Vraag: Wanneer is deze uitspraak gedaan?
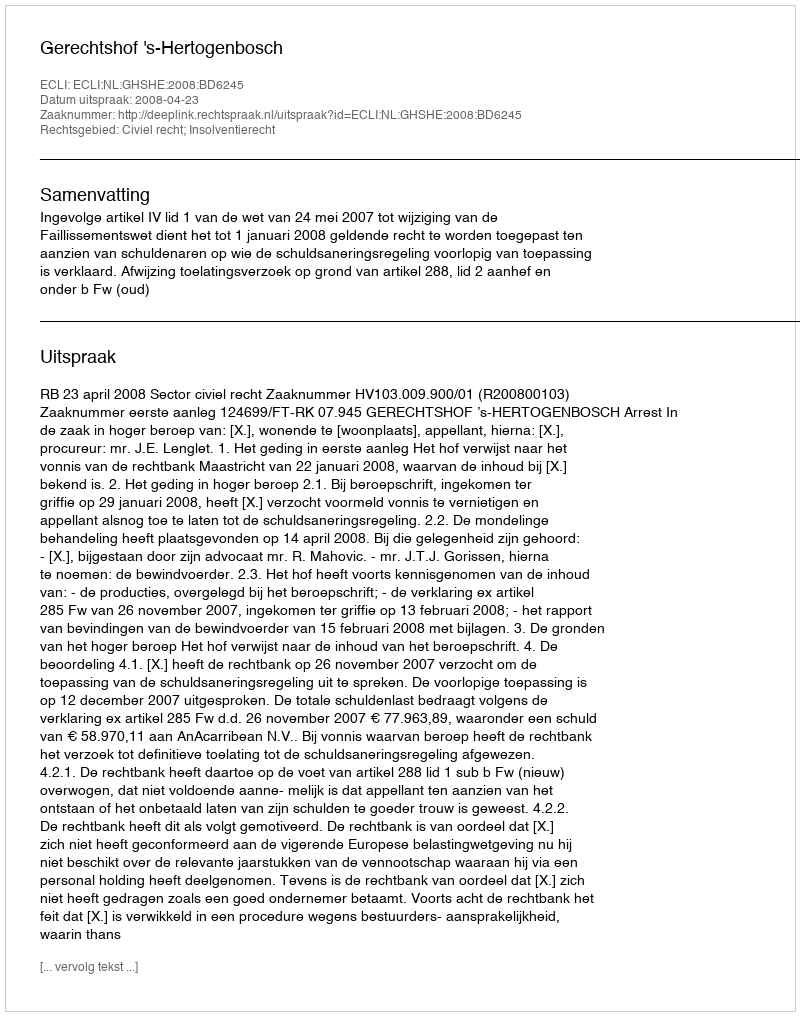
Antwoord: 2008-04-23